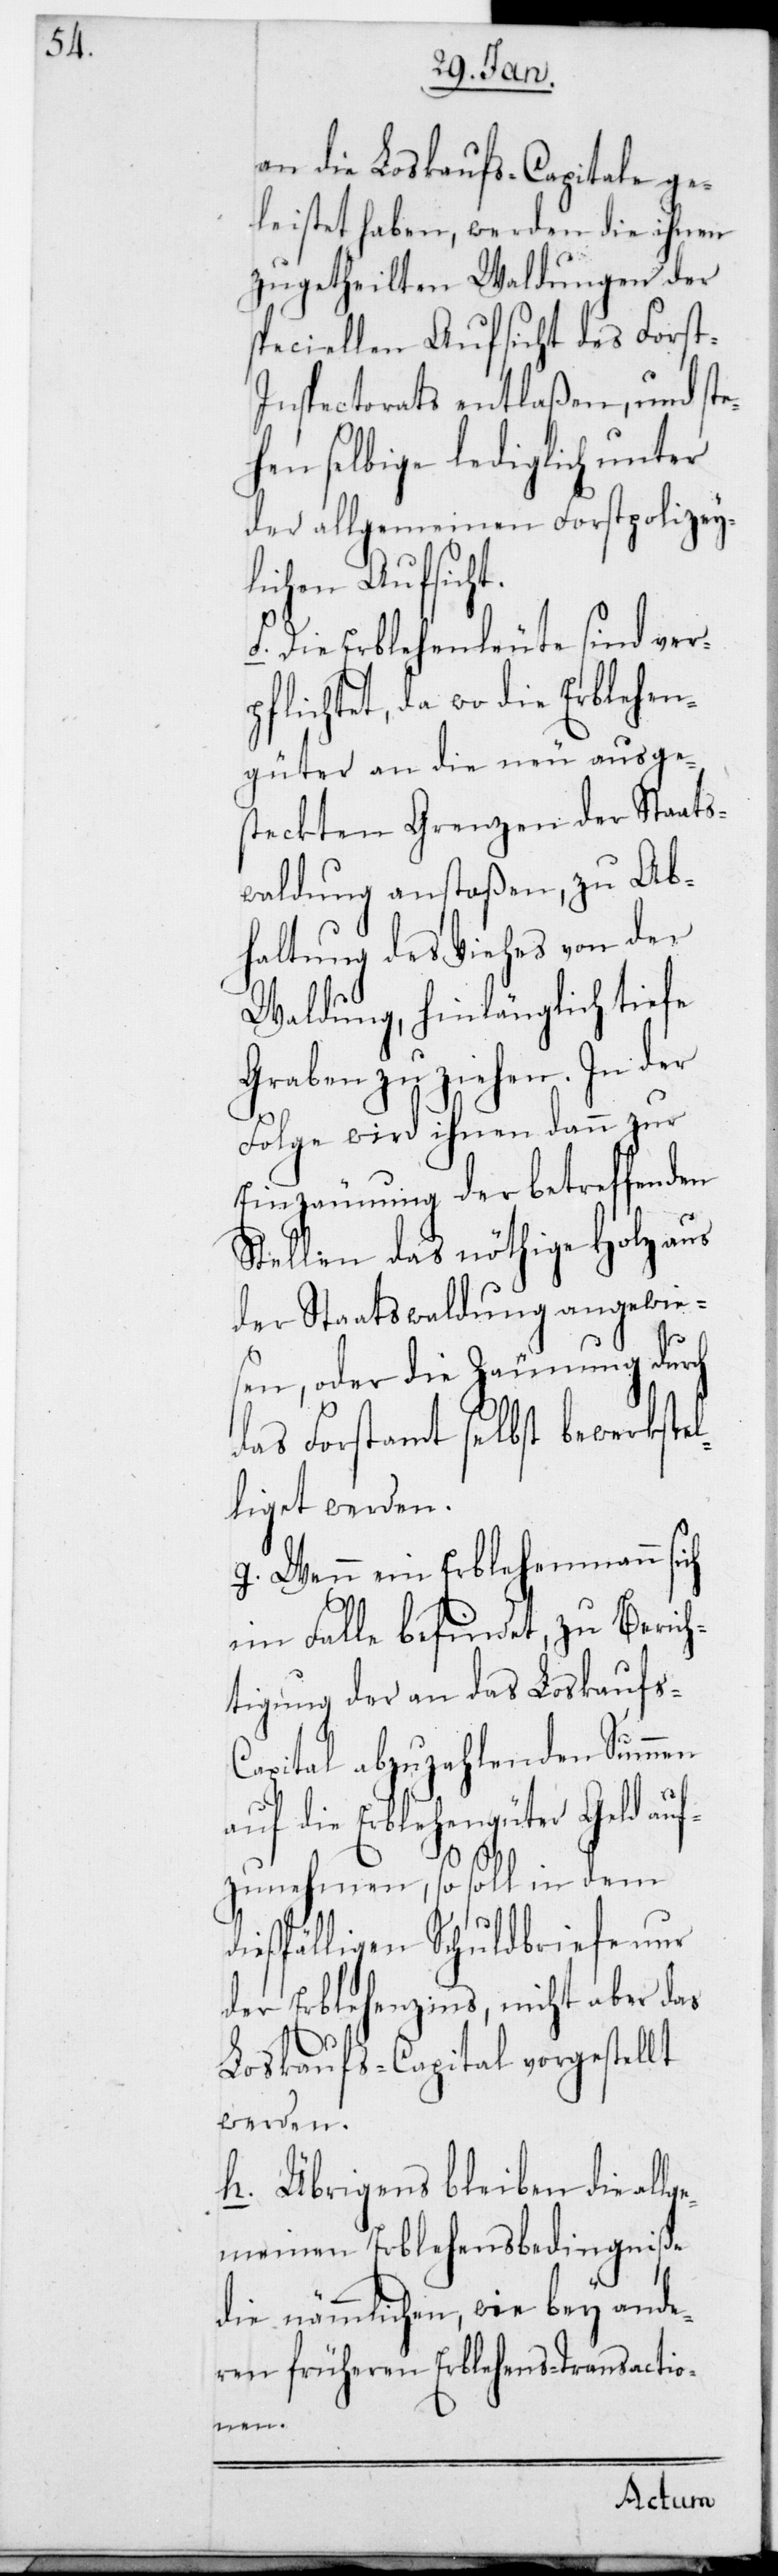
an die Loskaufs-Capitale ge¬
leistet haben, werden die ihnen
zugetheilten Waldungen der
speciellen Aufsicht des Forst-I¬
nspectorats entlaßen, und ste¬
hen selbige lediglich unter
der allgemeinen Forstpolizey¬
lichen Aufsicht.
f. Die Erblehenleute sind ver¬
pflichtet, da wo die Erblehen¬
güter an die neu ausge¬
steckten Grenzen der Staats¬
waldung anstoßen, zu Ab¬
haltung des Viehes von der
Waldung, hinlänglich tiefe
Graben zu ziehen. In der
Folge wird ihnen dann zur
Einzäunung der betreffenden
Stellen das nöthige Holz aus
der Staatswaldung angewie¬
sen, oder die Zäunung durch
das Forstamt selbst bewerkste¬
lliget werden.
g. Wenn ein Erblehenmann sich
im Falle befindet, zu Beric¬
htigung der an das Loskaufs-C¬
apital abzuzahlenden
auf die Erblehengüter Geld auf¬
zunehmen, so soll in dem
dießfälligen Schuldbriefe nur
der Erblehenzins, nicht aber das
Loskaufs-Capital vorgestellt
werden.
h. Übrigens bleiben die all¬
gemeinen Erblehensbedingniße
die nämmlichen, wie bey ande¬
ren früheren Erblehens-Transactio¬
nen.